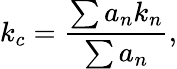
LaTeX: k_{c}=\frac{\sum a_{n}k_{n}}{\sum a_{n}},